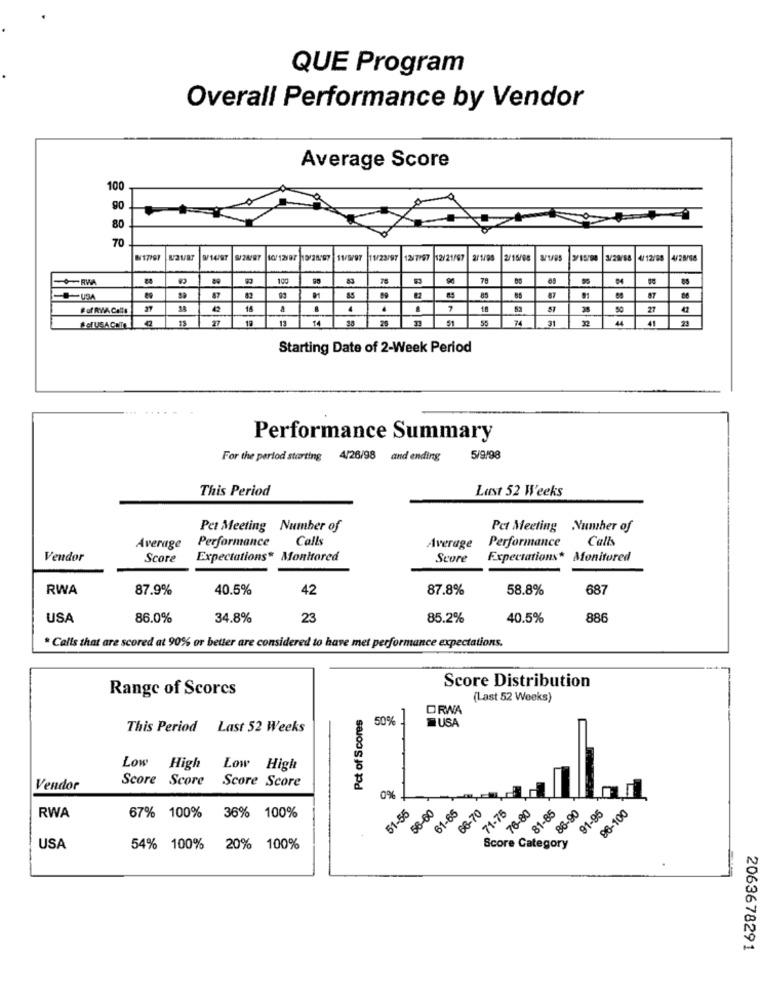
QUE Program
Overall Performance by Vendor
Average Score
100
90
80
70
W17997
9/14/97
9/24/97 10/12/97 15/28297
11/9/97 11/23/97
12/7/97
12/21/67
2/15/88
1/29/88
4/ 12/88
4/28/08
78
-USA
85
14
27
12
13
14
30
51
55
74
31
32
4
41
selUSACEITE
27
Starting Date of 2-Week Period
Performance Summary
For the period storting 4/26/98 and ending
5/9/98
This Period
Lust 52 Weeks
Pet Meeting Number of
Pct Meeting Number of
Performance
Calls
Performance
Calls
Average
Average
Vendor
Score
Expectations
Monitored
Score
Expectations*
Monitored
RWA
87.9%
40.5%
42
87.8%
58.8%
687
USA
86.0%
34.8%
23
85.2%
40.5%
886
* Calls that are scored at 90% or better are considered to have met performance expectations.
Score Distribution
Range of Scores
(Last 52 Weeks)
Pct of Scores
ORWA
50%
USA
This Period Last 52 Weeks
Low High Low High
Score Score Score Score
Vendor
0%
51-55
56-60
61-65
66-70
71-75
76-80
81-85
86-90
91-95
96-100
RWA
67% 100%
36% 100%
Score
category
USA
54% 100% 20% 100%
2063678291